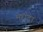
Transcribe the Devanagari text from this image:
मरांदा